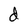
Character: d